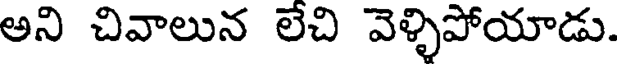
అని చివాలున లేచి వెళ్ళిపోయాడు.